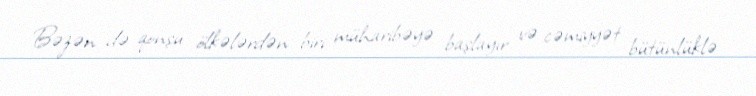
Bəzən də qonşu ölkələrdən biri müharibəyə başlayır və cəmiyyət bütünlüklə